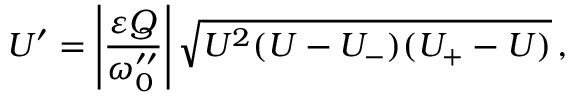
U ^ { \prime } = \left\vert \frac { \varepsilon Q } { \omega _ { 0 } ^ { \prime \prime } } \right\vert \sqrt { U ^ { 2 } ( U - U _ { - } ) ( U _ { + } - U ) } \, ,